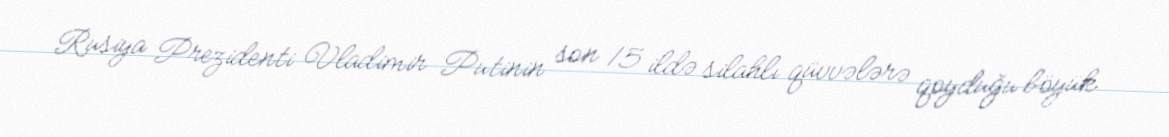
Rusiya Prezidenti Vladimir Putinin son 15 ildə silahlı qüvvələrə qoyduğu böyük